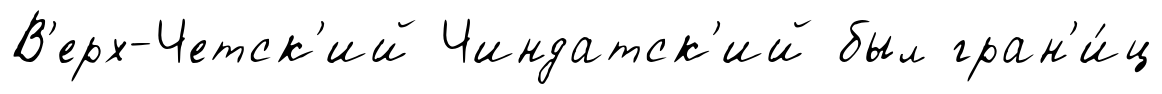
В'ерх-Четск'ий Чиндатск'ий был гран'и́ц